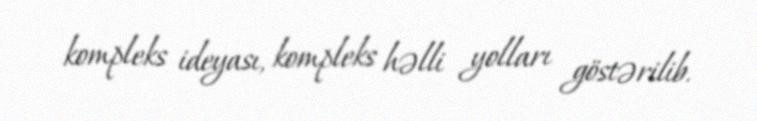
kompleks ideyası, kompleks həlli yolları göstərilib.